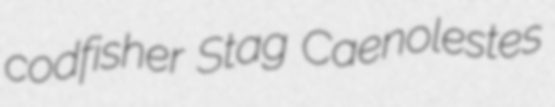
codfisher Stag Caenolestes